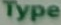
Type